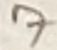
Text: 7